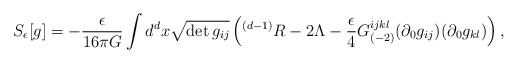
\begin{align*}S_{\epsilon}[g]=-\frac{\epsilon}{16\pi G}\int d^dx \sqrt{\det g_{ij}}\left({}^{(d-1)}R -2\Lambda - \frac{\epsilon}{4}G^{ijkl}_{(-2)} (\partial_0 g_{ij})(\partial_0 g_{kl})\right),\end{align*}